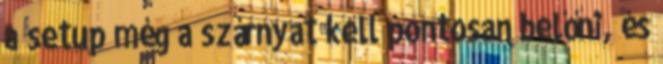
a setup még a szárnyat kell pontosan belőni, és